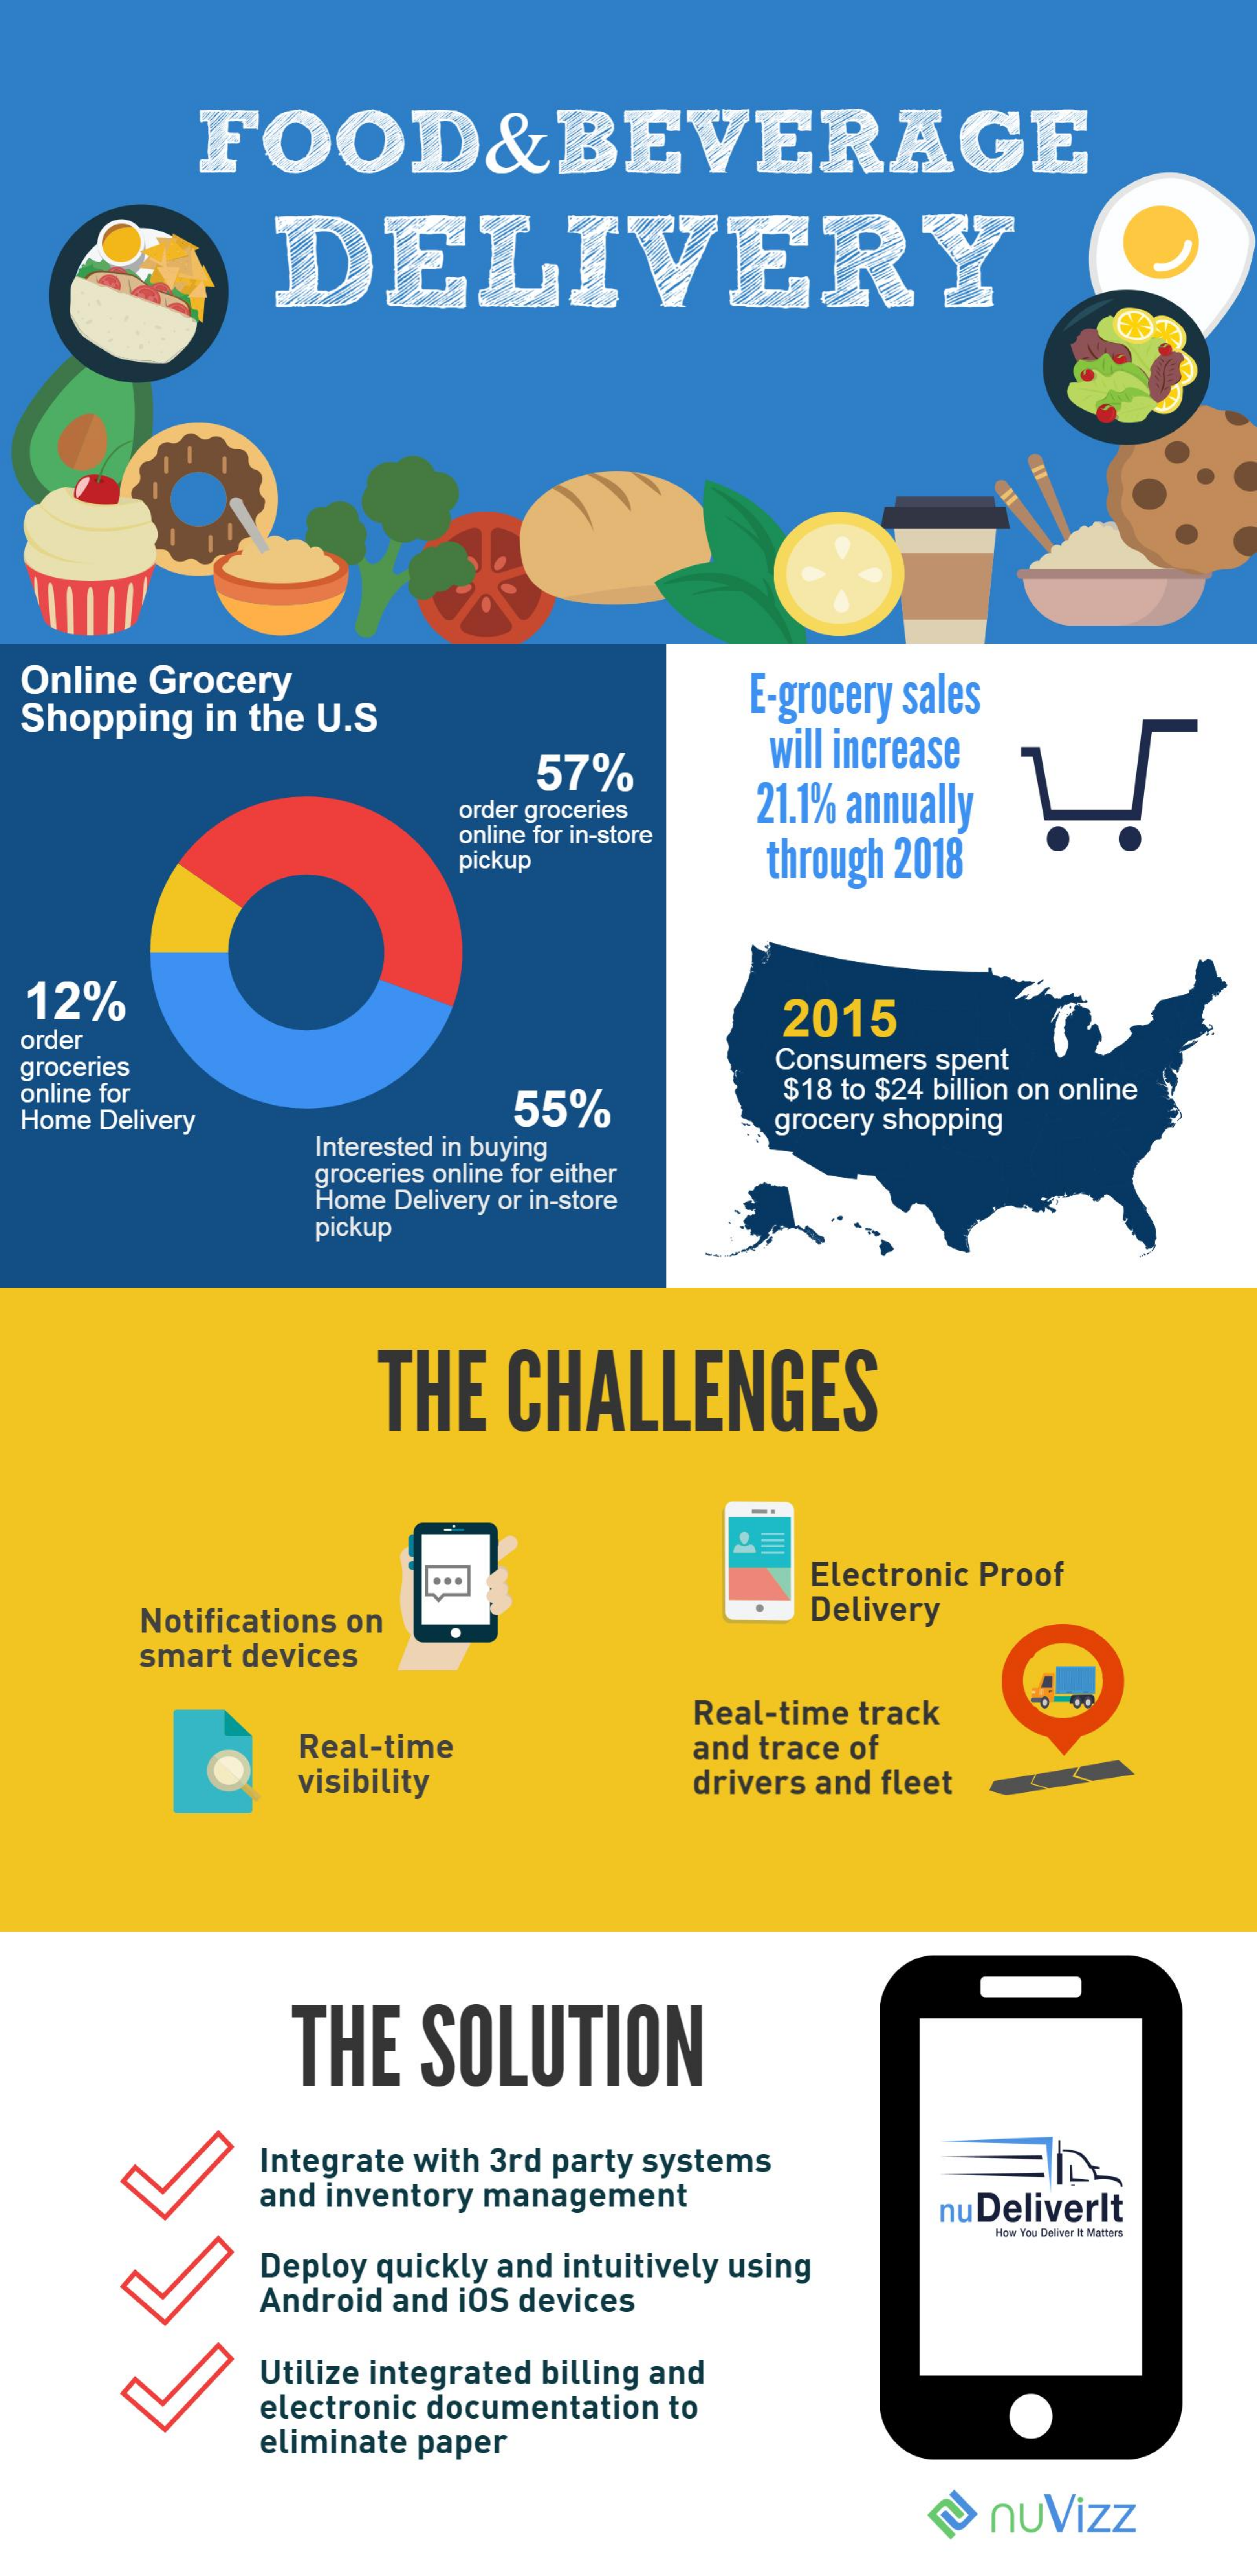
FOOD&BEVERAGE
     DELIVERY
  Online Grocery
  Shopping in the U.S
     E-grocery sales
     57%
     will increase
     order groceries 21.1% annually
     online for in-store
     pickup    through 2018
  12%    2015
  order
  groceries    Consumers spent
  online for    $18 to $24 billion on online
  Home Delivery    55%
     Interested in buying
     grocery shopping
     groceries online for either
     Home Delivery or in-store
     pickup
     THE CHALLENGES
     ...    Electronic Proof
     Notifications on    Delivery
     .
     smart devices
     Real-time track
     Real-time
     visibility
     and trace of
     drivers and fleet
     THE  SOLUTION
     Integrate with 3rd party systems
     and inventory management  nu Deliverlt
     How You Deliver It Matters
     Deploy quickly and intuitively using
     Android and iOS devices
     Utilize integrated billing and
     electronic documentation to
     eliminate paper
     nuVizz